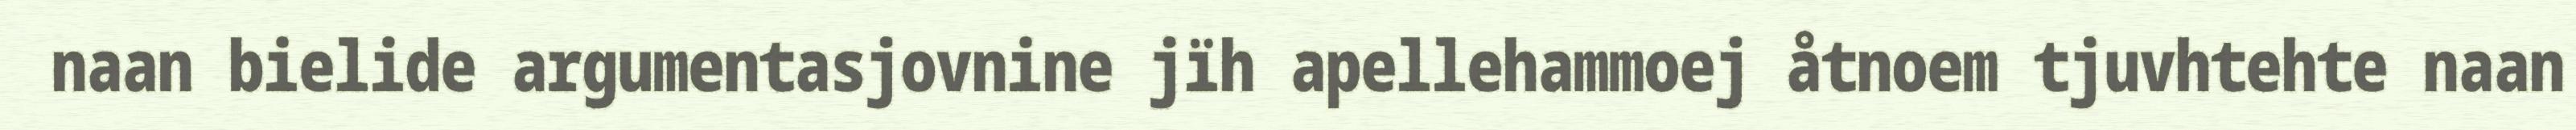
naan bielide argumentasjovnine jïh apellehammoej åtnoem tjuvhtehte naan